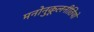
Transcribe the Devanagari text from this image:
मनोनुकूलनीतियों